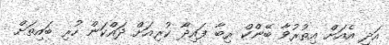
އަދި އެއަށް އިތުރުވާ ބޭންކް ރިބާ ފައިދާ ކުރިއަށް ދައްކަން ހުރި ބައިތަށް